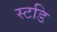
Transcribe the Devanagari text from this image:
स्टडि